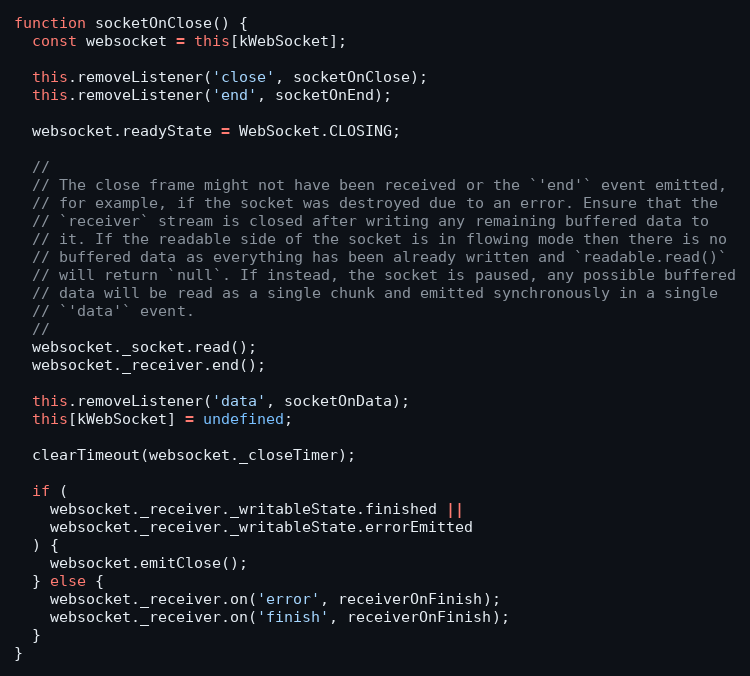
Language: JavaScript
function socketOnClose() {
  const websocket = this[kWebSocket];

  this.removeListener('close', socketOnClose);
  this.removeListener('end', socketOnEnd);

  websocket.readyState = WebSocket.CLOSING;

  //
  // The close frame might not have been received or the `'end'` event emitted,
  // for example, if the socket was destroyed due to an error. Ensure that the
  // `receiver` stream is closed after writing any remaining buffered data to
  // it. If the readable side of the socket is in flowing mode then there is no
  // buffered data as everything has been already written and `readable.read()`
  // will return `null`. If instead, the socket is paused, any possible buffered
  // data will be read as a single chunk and emitted synchronously in a single
  // `'data'` event.
  //
  websocket._socket.read();
  websocket._receiver.end();

  this.removeListener('data', socketOnData);
  this[kWebSocket] = undefined;

  clearTimeout(websocket._closeTimer);

  if (
    websocket._receiver._writableState.finished ||
    websocket._receiver._writableState.errorEmitted
  ) {
    websocket.emitClose();
  } else {
    websocket._receiver.on('error', receiverOnFinish);
    websocket._receiver.on('finish', receiverOnFinish);
  }
}